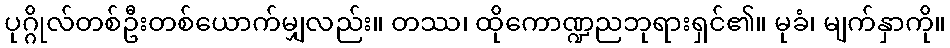
ပုဂ္ဂိုလ်တစ်ဦးတစ်ယောက်မျှလည်း။ တဿ၊ ထိုကောဏ္ဍညဘုရားရှင်၏။ မုခံ၊ မျက်နှာကို။